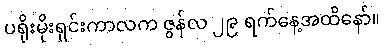
ပရိုးမိုးရှင်းကာလက ဇွန်လ ၂၉ ရက်နေ့အထိနော်။